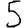
Digit: 5